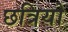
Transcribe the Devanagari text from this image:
छत्रियो